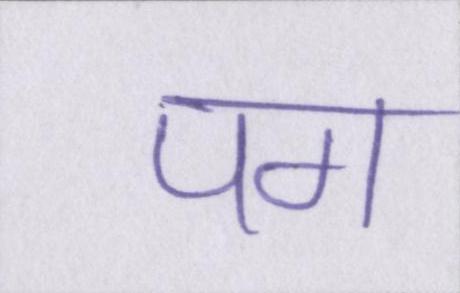
पग